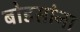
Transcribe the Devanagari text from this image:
बोडसांना